Production of alkali in liquid media by the Bacillus pestis - Number 33
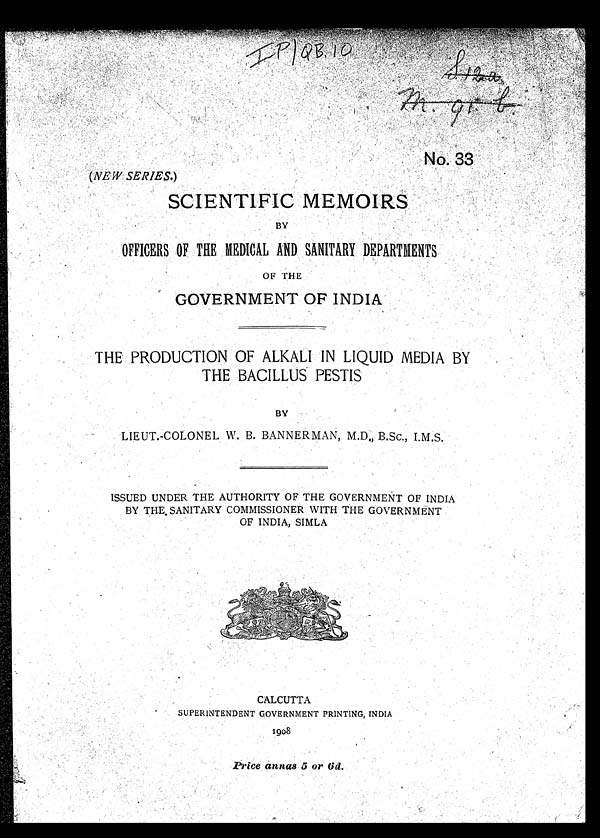
IP/QB,10
• • S 12a
• m. 91. b
•
No. 33
(NEW SERIES.)
SCIENTIFIC MEMOdRS
BY
OFFICERS OF THE MEDICAL AND SANITARY DEPARTMENTS
OF THE
GOVERNMENT OF INDIA
THE PRODUCTION OF ALKALI IN LIQUID MEDIA BY
THE BACILLUS PESTIS
BY
LIEUT.-COLONEL W. B. BANNERMAN, M.D B.Sc., I.M.S.
ISSUED UNDER THE AUTHORITY OF THE GOVERNMENT OF INDIA
BY THE, SANITARY COMMISSIONER WITH THE GOVERNMENT
OF INDIA, SIMLA
CALCUTTA
SUPERINTENDENT GOVERNMENT PRINTING, INDIA
1908
Price annas 5 or (6d